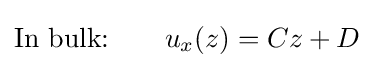
{\text{In bulk:}}~~~~~~u_{x}(z)=Cz+D